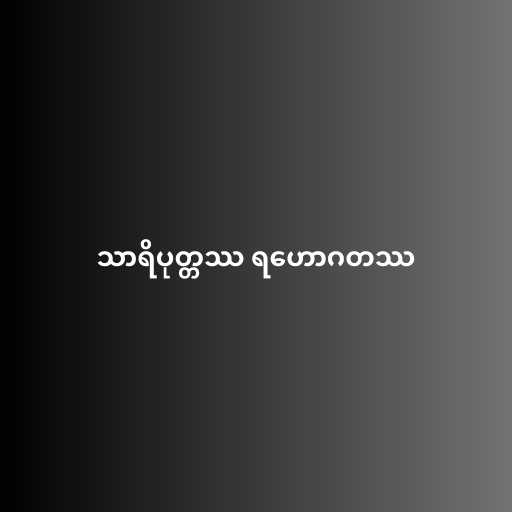
သာရိပုတ္တဿ ရဟောဂတဿ